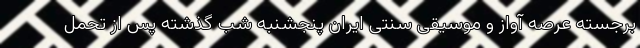
برجسته‌ عرصه آواز و موسیقی سنتی ایران پنجشنبه شب گذشته پس از تحمل